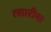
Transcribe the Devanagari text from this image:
त्सारीना